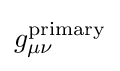
g_{\mu \nu }^{\rm {primary}}